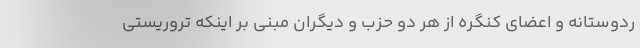
ردوستانه و اعضای کنگره از هر دو حزب و دیگران مبنی بر اینکه تروریستی